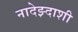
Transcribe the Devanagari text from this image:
नादेझ्दाशी